Annual statistical returns and brief notes on vaccination in Bengal - 1896-1909
Year: 1896
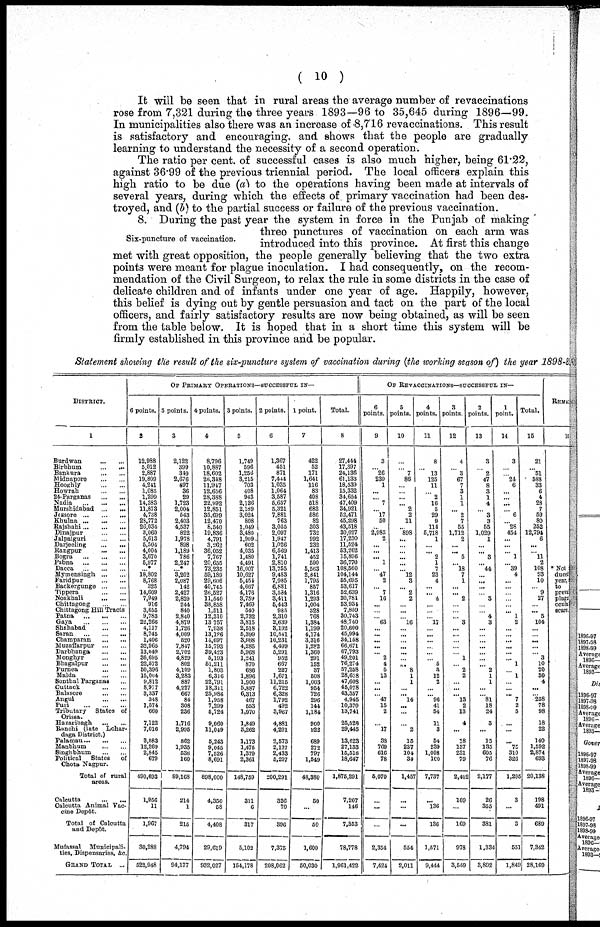
( 10 )
It will be seen that in rural areas the average number of revaccinations
rose from 7,321 during the three years 1893—96 to 35,645 during 1896—99.
In municipalities also there was an increase of 8,716 revaccinations. This result
is satisfactory and encouraging, and shows that the people are gradually
learning to understand the necessity of a second operation.
The ratio per cent. of successful cases is also much higher, being 61.22,
against 36.99 of the previous triennial period. The local officers explain this
high ratio to be due (a) to the operations having been made at intervals of
several years, during which the effects of, primary vaccination had been des-
troyed, and (b) to the partial success or failure of the previous vaccination.
Six-puncture of vaccination.
8. During the past year the system in force in the Punjab of making
three punctures of vaccination on each arm was
introduced into this province. At first this change
met with great opposition, the people generally believing that the two extra
points were meant for plague inoculation. I had consequently, on the recom-
mendation of the Civil Surgeon, to relax the rule in some districts in the case of
delicate children and of infants under one year of age. Happily, however,
this belief is dying out by gentle persuasion and tact on the part of the local
officers, and fairly satisfactory results are now being obtained, as will be seen
from the table below. It is hoped that in a short time this system will be
firmly established in this province and be popular.
Statement showing the result of the six-puncture system of vaccination during (the working season of) the year 1898-8
DISTRICT.
1
Burdwan
...
...
Birbhum
...
...
Bankura
...
...
...
Midnapore
...
...
Hooghly
...
...
Howrah
...
...
24-Parganas ... ...
Nadia
...
...
...
Murshidabad
...
...
Jessore
...
...
...
Khulna
...
...
...
Rajshahi
...
...
...
Dinajpur
...
...
Jalpaiguri
...
...
Darjeeling
...
...
Rangpur
...
...
Bogra
...
...
...
Pabna
...
...
...
Dacca
...
...
...
Mymensingh
...
...
Faridpur
...
...
Backergunge
...
...
Tippera
...
...
Noakhali
...
...
Chittagong
...
...
Chittagong Hill Tracts
Patna
...
...
...
Gaya
...
...
...
Shahabad
...
...
Saran
...
...
...
Champaran
Muzaffarpur ... ...
Darbhanga
...
...
Monghyr
...
...
Bhagalpur
...
...
Purnea
...
...
Malda
...
...
Sonthal Parganas ...
Cuttack
...
...
Balasore
...
...
Angul
...
...
Puri
...
...
...
Tributary States of
Orrissa.
Hazaribagh
...
...
Ranchi (late
Lohar-
daga District.)
Palaman
...
...
...
Manbhum
...
...
Singhbhum
...
...
Political
States
of
Chota Nagpur.
Total of rural
areas.
Calcutta
...
...
Calcutta Animal Vac-
cine Depôt.
Total of Calcutta
and Depôt.
Mufassal
Municipali-
ties, Dispensaries, &c.
GRAND TOTAL
...
OF PRIMARY OPERATIONS—SUCCESSFUL IN—
6 points.
2
12,988
5,012
2,887
19,809
4,211
1,085
1,299
14,383
11,873
4,738
28,772
26,034
3,060
5,613
5,504
4,004
3,670
5,977
...*
18,802
8,768
325
14,609
7,949
916
3,655
9,783
22,266
4,117
8,745
1,406
32,965
13,049
36,695
22,572
50,396
15,004
9,812
8,977
3,337
348
1,574
660
7,122
7,016
8,083
12,269
2,845
679
490,693
1,956
11
1,967
30,288
522,948
5 points.
3
2,122
399
349
2,676
497
36
29
1,723
2,004
543
2,403
4,537
822
1,978
898
1,189
786
2,247
... *
3,202
2,087
142
2,427
2,829
244
840
2,840
4,879
1,726
4,009
520
7,847
2,702
4,829
802
4,109
3,283
887
4,227
667
84
308
236
1,716
2,995
862
1,935
536
160
89,168
214
1
215
4,794
94,177
4 points.
4
8,796
10,887
18,602
26,348
11,947
12,656
28,388
22,992
12,851
35,699
12,470
8,540
19,836
4,791
3,263
36,052
7,767
20,655
73,235
59,189
29,606
40,745
26,527
11,540
38,858
1,511
12,310
13,757
7,938
13,126
14,697
15,793
39,423
5,193
51,211
1,803
6,316
22,791
18,311
25,986
1,958
7,299
5,724
9,060
11,049
5,243
9,045
7,526
8,691
898,000
4,360
58
4,408
29,619
932,027
3 points.
5
1,749
596
1,256
3,215
703
408
943
2,136
2,189
3,024
808
1,049
3,480
1,909
602
4,035
1,480
4,491
16,007
10,627
5,454
4,667
4,176
3,759
7,469
540
2,732
3,815
2,518
5,399
3,988
4,285
5,968
1,241
870
686
1,896
1,900
5,887
6,313
467
553
1,970
1,849
3,262
1,173
1,475
1,379
2,361
148,759
311
6
317
5,102
154,178
2 points.
6
1,367
451
871
7,444
1,035
1,064
3,587
5,657
5,321
7,881
763
3,055
2,097
1,947
1,026
6,569
1,741
2,810
13,755
9,483
7,985
6,881
3,584
3,411
5,443
985
2,310
2,639
3,102
10,541
10,231
4,499
5,291
962
667
227
1,671
11,215
6,722
6,328
1,792
492
3,967
4,881
4,201
2,573
2,137
2,433
5,207
200,291
326
70
396
7,375
208,062
1 point.
7
422
52
171
1,641
116
83
408
518
683
586
82
303
732
992
232
1,413
452
590
5,563
2,841
1,795
857
1,316
1,293
1,004
328
768
1,384
1,199
4,174
3,316
1,282
1,360
291
152
37
608
1,003
964
726
296
144
1,184
900
922
689
272
797
1,549
48,380
50
...
50
1,600
50,030
Total.
8
27,444
17,397
24,136
61,133
18,539
15,332
34,654
47,409
34,921
52,471
45,298
43,518
30,027
17,230
11,524
53,262
15,896
36,770
108,560
104,144
55,695
53,617
52,639
30,781
53,931
7,859
30,743
48,740
20,600
45,994
34,158
66,671
67,793
49,201
76,274
57,258
28,678
47,608
45,078
43,357
4,945
10,370
13,741
25,528
29,446
13,623
27,133
15,516
18,647
1,875,291
7,207
146
7,353
78,778
1,961,422
OF REVACCINATIONS—SUCCESSFUL IN—
6
points.
9
3
...
26
239
1
...
... 7
...
17
50
...
2,983
2
...
...
... 1
...
47
2
... 7
16
...
...
...
63
...
...
...
...
...
2
4
5
13
...
...
...
47
15
2
...
17
38
769
616
78
5,070
...
...
...
2,354
7,424
5
points.
10
...
...
7
86
...
...
...
... 2
2
11
...
898
...
...
... ...
...
...
12
3
... 2
2
...
...
...
16
...
...
...
...
...
...
...
8
1
1
...
... 14
...
...
...
2
15
237
101
34
1,457
...
...
...
554
2,011
4
points.
11
8
...
13
125
11
...
2
16
5
29
9
114
5,718
1
...
... 2
1
7
23
4
...
... 4
...
...
...
17
...
...
...
...
...
...
5
3
12
2
...
... 96
41
64
11
3
54
239
1,008
100
7,737
...
136
136
1,571
9,444
3
points.
12
4
...
3
67
7
3
1
1
... 2
7
55
1,712
2
...
... 5
... 18
7
1
...
... 2
...
...
... 3
...
...
...
...
...
1
...
2
2
...
...
... 13
2
13
4
...
18
137
231
79
2,402
169
...
169
978
3,549
2
points.
13
3
...
2
47
8
3
1
4
...
3
3
55
1,029
1
...
... 3
... 44
...
...
...
...
3
...
...
4
3
...
...
...
...
...
...
... 2
1
1
...
...
81
18
24
3
...
15
135
605
76
2,177
26
355
381
1,334
3,892
1
point.
14
3
...
...
24
6
...
... ...
...
6
...
28
454
...
...
... 1
... 39
4
...
... ...
...
...
... 1
2
...
...
...
...
...
... 1
...
1
...
...
...
7
2
5
...
...
... 75
310
326
1,295
3
...
8
551
1,849
Total.
15
21
...
51
588
33
6
4
28
7
59
80
252
12,794
6
...
... 11
2
108
93
10
...
9
27
...
... 5
104
...
...
...
...
... 3
10
20
30 4
...
...
258
78
98
18
22
140
1,592
2,874
693
20,138
198
491
689
7,342
28,169
REMA
16
*Not
duced
year,
to
preva
plage
ocula
scared